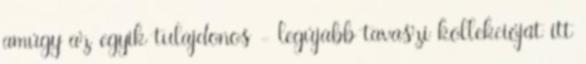
amúgy az egyik tulajdonos - legújabb tavaszi kollekcióját itt